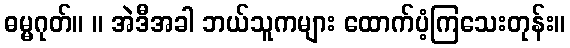
ဓမ္မဂုတ်။ ။ အဲဒီအခါ ဘယ်သူကများ ထောက်ပံ့ကြသေးတုန်း။